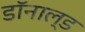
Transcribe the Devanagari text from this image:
डाॅनाल्ड